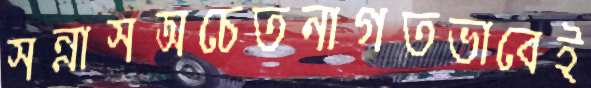
সন্নাসঅচেতনাগতভাবেই